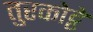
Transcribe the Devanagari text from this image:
तुरकोट्टे